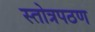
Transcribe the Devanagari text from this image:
स्तोत्रपठण